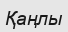
Қаңлы